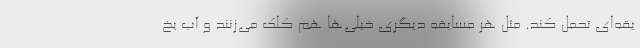
یقه‌ای تحمل کند. مثل هر مسابقه دیگری خیلی‌ها هم کلک می‌زنند و آب یخ